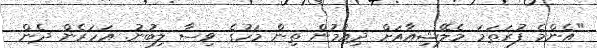
"އެންމެ ފުރަތަމަ މެލޭޝިއާއަށް ދިއުމުން ތިން މަހުގެ ވިސާ ލިބުނު. އަހަރެން ދެން